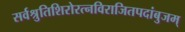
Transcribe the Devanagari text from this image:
सर्वश्रुतिशिरोरत्नविराजितपदांबुजम्